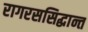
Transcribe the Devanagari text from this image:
रागरससिद्धान्त